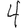
Digit: 4